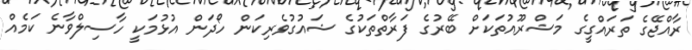
ރާއްޖޭގެ ތަރައްގީގެ މަޝްރޫއުތަކަށް ބޭރުގެ ފަރާތްތަކުގެ ޝައުގުވެރިކަން ހޯދަން އުޅުމަކީ ހާސިލްވާނެ ކަމެއް